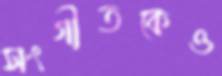
সংগীতকেও